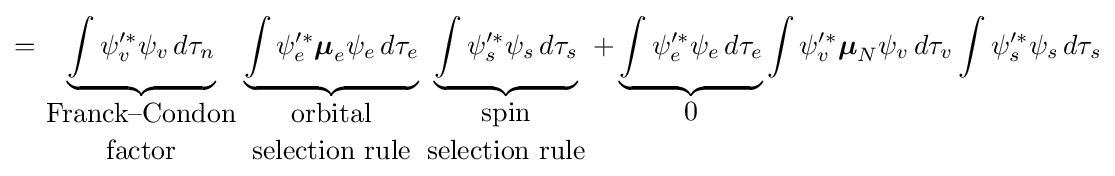
=\underbrace {\int \psi _{v}'^{*}\psi _{v}\,d\tau _{n}} _{\displaystyle {{\text{Franck–Condon}} \atop {\text{factor}}}}\underbrace {\int \psi _{e}'^{*}{\boldsymbol {\mu }}_{e}\psi _{e}\,d\tau _{e}} _{\displaystyle {{\text{orbital}} \atop {\text{selection rule}}}}\underbrace {\int \psi _{s}'^{*}\psi _{s}\,d\tau _{s}} _{\displaystyle {{\text{spin}} \atop {\text{selection rule}}}}+\underbrace {\int \psi _{e}'^{*}\psi _{e}\,d\tau _{e}} _{\displaystyle 0}\int \psi _{v}'^{*}{\boldsymbol {\mu }}_{N}\psi _{v}\,d\tau _{v}\int \psi _{s}'^{*}\psi _{s}\,d\tau _{s}